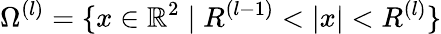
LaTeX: \Omega^{(l)}=\{ x\in\mathbb{R}^{2}\mid R^{(l-1)}<|x|<R^{(l)}\}